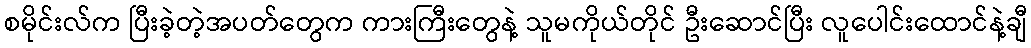
စမိုင်းလ်က ပြီးခဲ့တဲ့အပတ်တွေက ကားကြီးတွေနဲ့ သူမကိုယ်တိုင် ဦးဆောင်ပြီး လူပေါင်းထောင်နဲ့ချီ